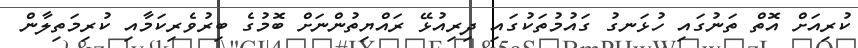
ކުރިއަށް އޮތް ތަނުގައި ހުޅަނގު ގައުމުތަކުގައި ދިރިއުޅޭ ރައްޔިތުންނަށް ބޮމުގެ ބިރުވެރިކަމާއި ކުރިމަތިލާން